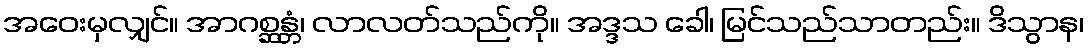
အဝေးမှလျှင်။ အာဂစ္ဆန္တံ၊ လာလတ်သည်ကို။ အဒ္ဒသ ခေါ၊ မြင်သည်သာတည်း။ ဒိသွာန၊